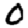
Digit: 0